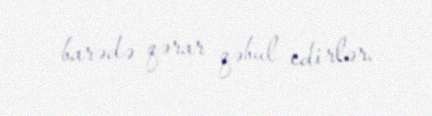
barədə qərar qəbul edirlər.